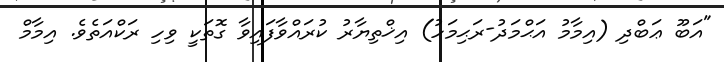
"އަބޫ ޢަބްދި (އިމާމު އަޙްމަދު-ރަޙިމަހު) އިޚްތިޔާރު ކުރައްވާފައިވާ ގޮތަކީ ވިހި ރަކްއަތެވެ. އިމާމް